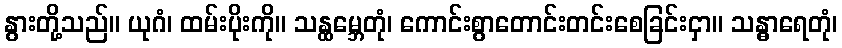
နွားတို့သည်။ ယုဂံ၊ ထမ်းပိုးကို။ သန္ထမ္ဘေတုံ၊ ကောင်းစွာတောင်းတင်းစေခြင်းငှာ။ သန္ဓာရေတုံ၊